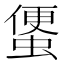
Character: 𧍻